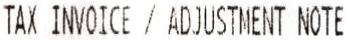
TAX INVOICE / ADJUSTMENT NOTE